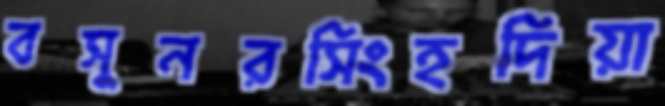
বসুনরসিংহদিয়া